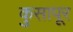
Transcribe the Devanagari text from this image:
कुसापूर